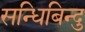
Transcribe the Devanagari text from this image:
सन्धिबिन्दु